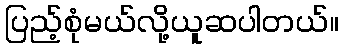
ပြည့်စုံမယ်လို့ယူဆပါတယ်။